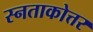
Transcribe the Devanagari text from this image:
स्नताकोत्तर